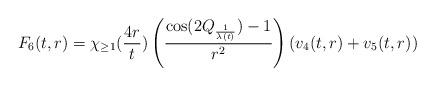
LaTeX: \begin{align*}F_{6}(t,r) = \chi_{\geq 1}(\frac{4r}{t})\left(\frac{\cos(2Q_{\frac{1}{\lambda(t)}})-1}{r^{2}}\right)\left(v_{4}(t,r)+v_{5}(t,r)\right)\end{align*}